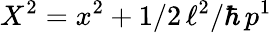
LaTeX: X^{2}=x^{2}+1/2\, \ell^{2}/\hbar\, p^{1}